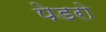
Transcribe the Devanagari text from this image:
पेडरो